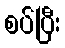
စပ်ပြီး